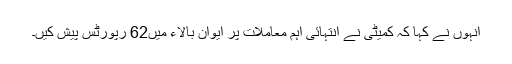
انہوں نے کہا کہ کمیٹی نے انتہائی اہم معاملات پر ایوان بالاء میں62 رپورٹس پیش کیں۔